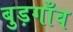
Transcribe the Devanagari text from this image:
बुड़गाँव